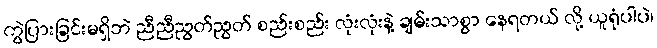
ကွဲပြားခြင်းမရှိဘဲ ညီညီညွတ်ညွတ် စည်းစည်း လုံးလုံးနဲ့ ချမ်းသာစွာ နေရတယ် လို့ ယူရုံပါပဲ၊